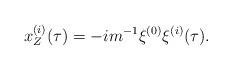
LaTeX: \begin{align*}x^{(i)}_Z(\tau)=-im^{-1}\xi^{(0)}\xi^{(i)}(\tau).\end{align*}